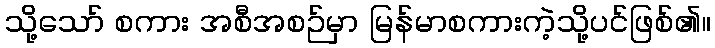
သို့သော် စကား အစီအစဉ်မှာ မြန်မာစကားကဲ့သို့ပင်ဖြစ်၏။